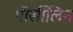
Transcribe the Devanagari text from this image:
पोर्सीलिन